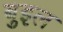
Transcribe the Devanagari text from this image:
बुइल